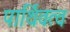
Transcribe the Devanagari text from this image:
पार्थिवत्व